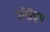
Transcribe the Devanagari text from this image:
रेखिइय